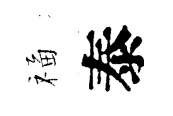
福泰